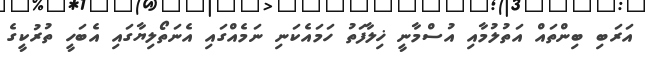
އަރަބި ބިންތައް އަތުލުމާއި އުސްމާނީ ޚިލާފަތު ހަމައެކަނި ނަމެއްގައި އެނަތޯލިޔާގައި އެބަހީ ތުރުކީގެ